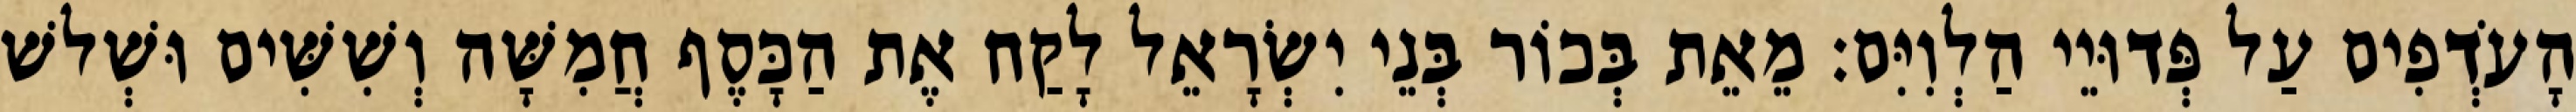
הָעֹדְפִים עַל פְּדוּיֵי הַלְוִיִּם׃ מֵאֵת בְּכוֹר בְּנֵי יִשְׂרָאֵל לָקַח אֶת הַכָּסֶף חֲמִשָּׁה וְשִׁשִּׁים וּשְׁלשׁ